Juri_Uluots, lk 13
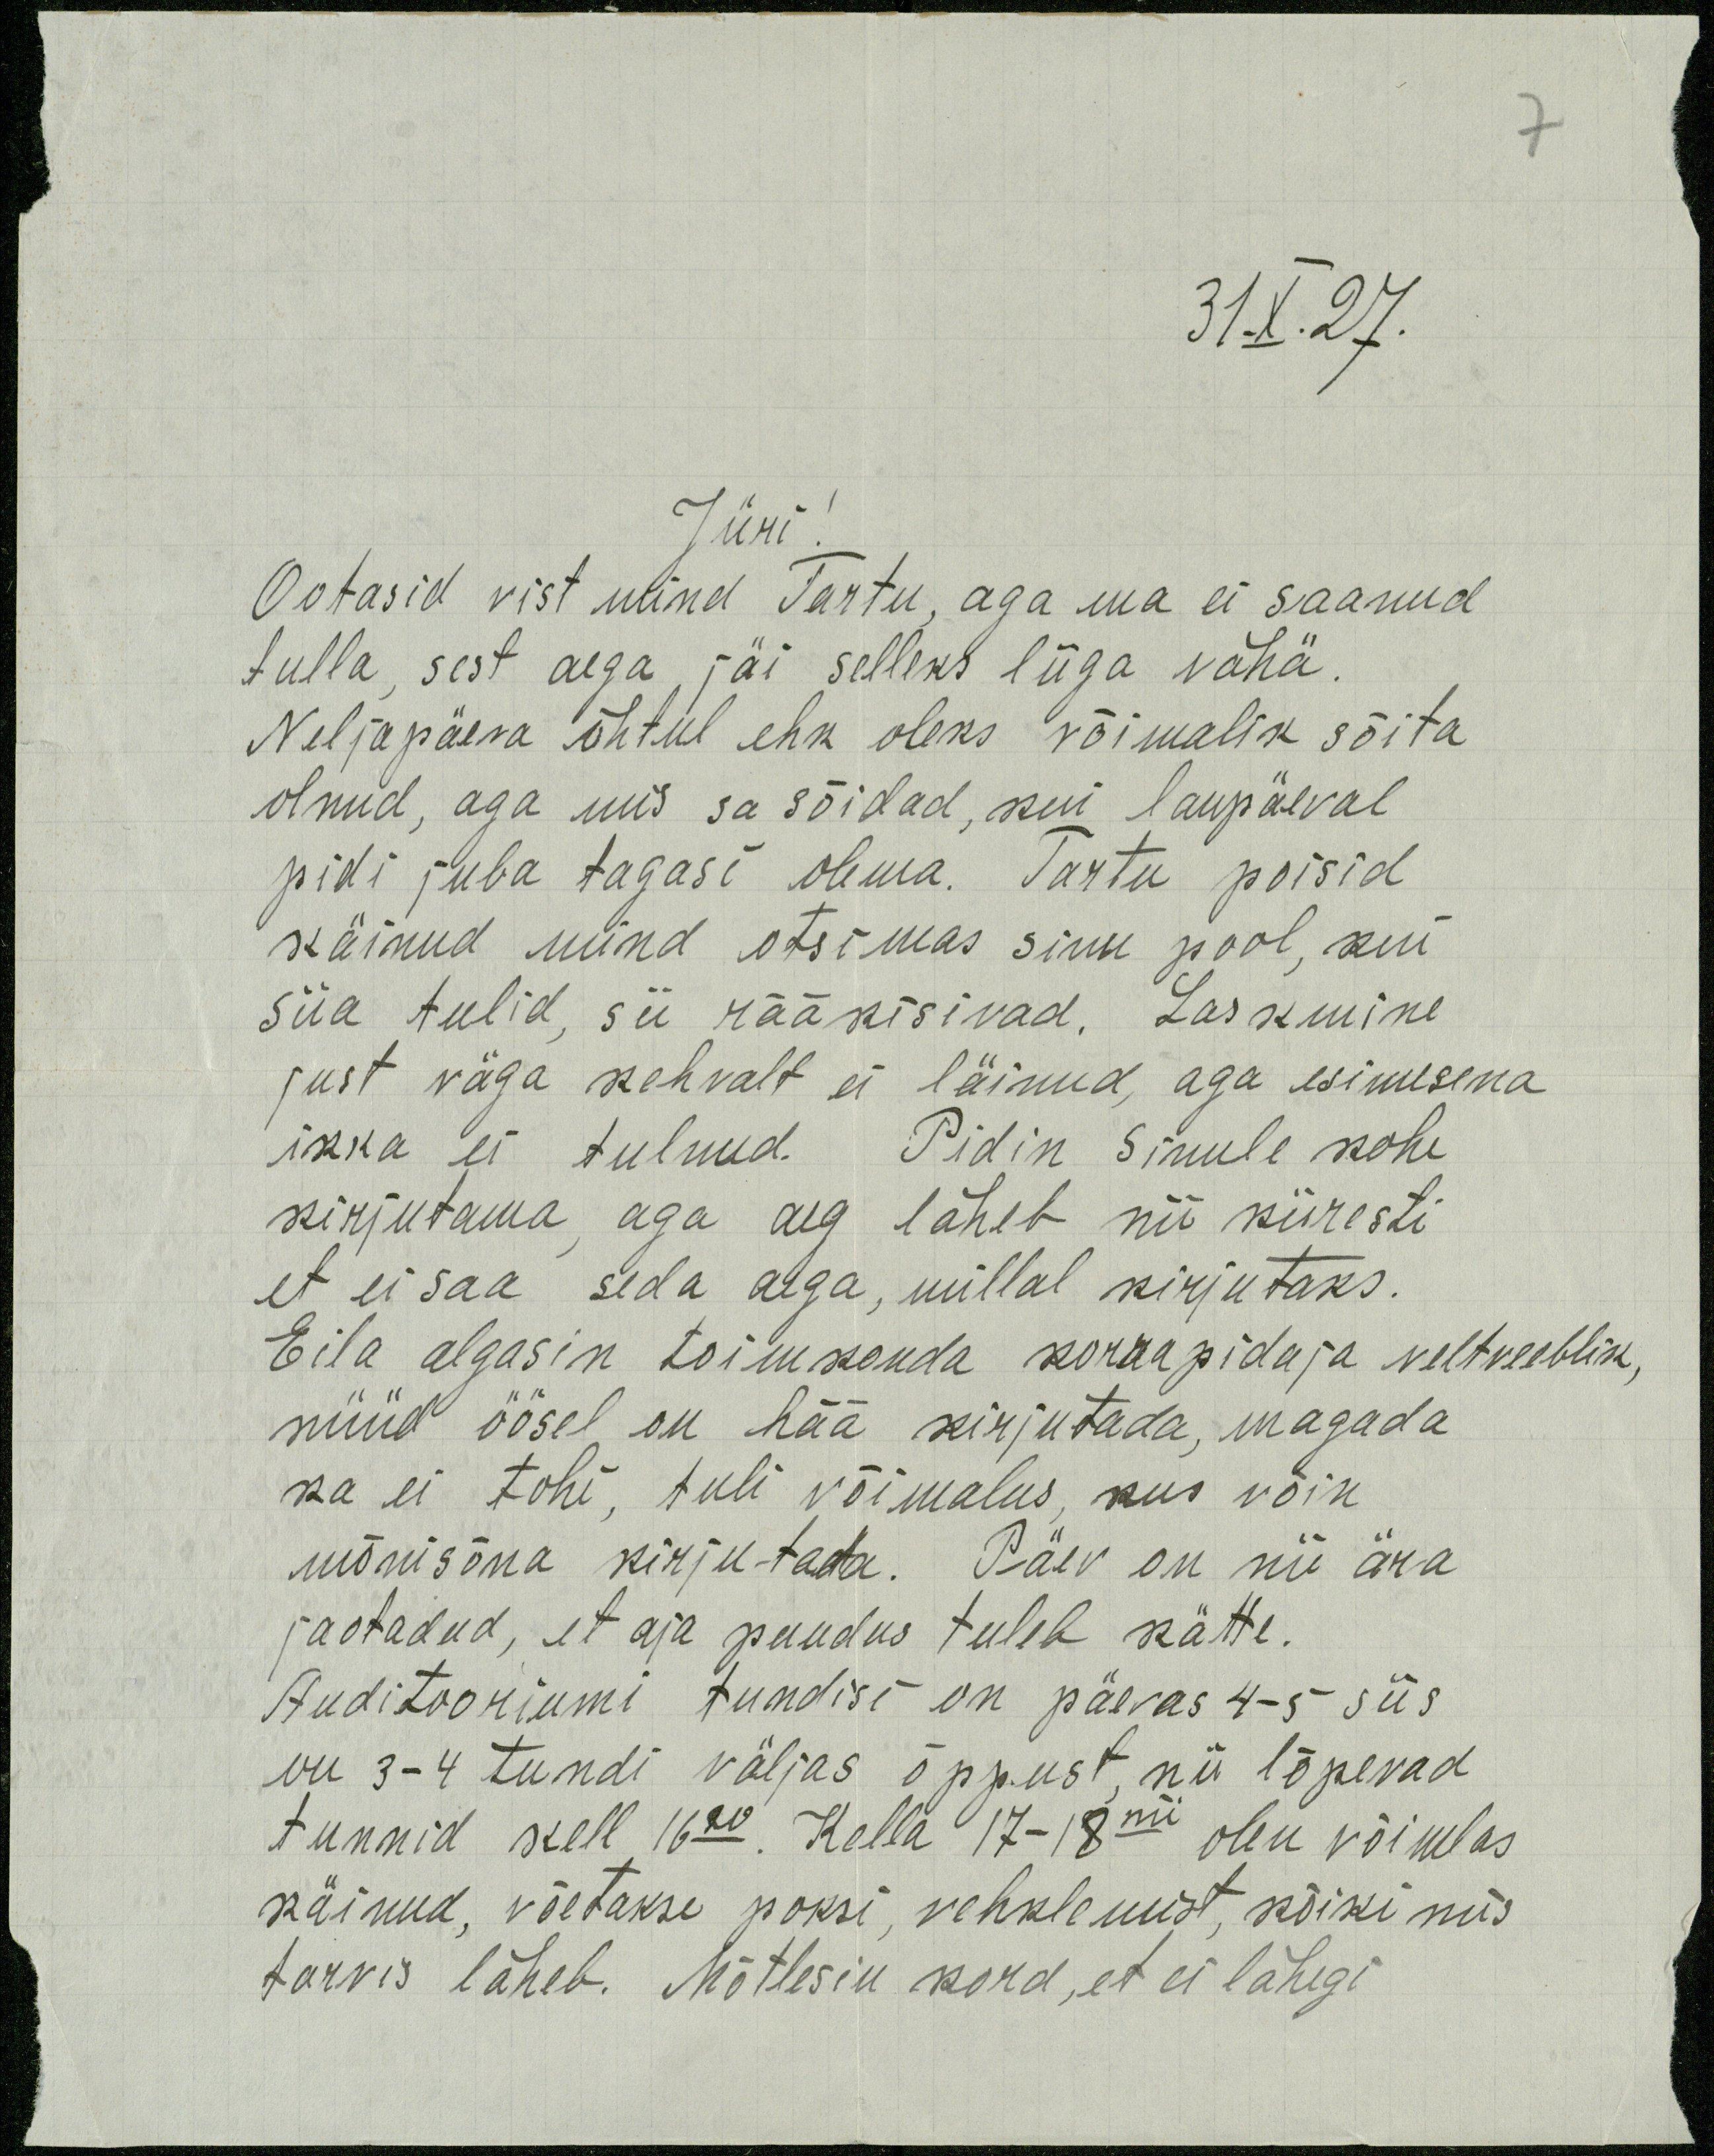
31.X.27.
Jüri!
Ootasid vist mind Tartu, aga ma ei saanud
tulla, sest aega jäi selleks liiga vähä.
Neljapäeva õhtul ehk oleks võimalik sõita
olnud, aga mis sa sõidad, kui laupäeval
pidi juba tagasi olema. Tartu poisid
käinud mind otsimas sinu pool, kui
siia tulid, sii rääkisivad. Laskmine
just väga kehvalt ei läinud, aga esimesena
ikka ei tulnud. Pidin Sinule kohe
kirjutama, aga aeg läheb nii kiiresti
et ei saa seda aega, millal kirjutaks.
Eila algasin toimkonda korrapidaja veltveeblik,
nüüd öösel on hää kirjutada, magada
ka ei tohi, tuli võimalus, kus võin
mõnisõna kirjutada. Päev on nii ära
jaotadud, et aja puudus tuleb kätte.
Auditooriumi tundisi on päevas 4-5 siis
on 3-4 tundi väljas õppust, nii lõpevad
tunnid kell 16 20. Kella 17-18ni olen võimlas
käinud, võetakse poksi, vehklemist, kõiki mis
tarvis läheb. Mõtlesin kord, et ei lähegi